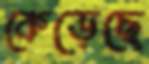
কেড়েছে